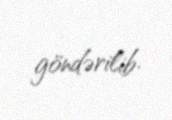
göndərilib.